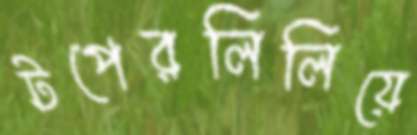
টপেরলিলিয়ে